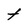
Character: t